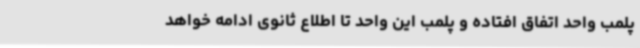
پلمب واحد اتفاق افتاده و پلمب این واحد تا اطلاع ثانوی ادامه خواهد